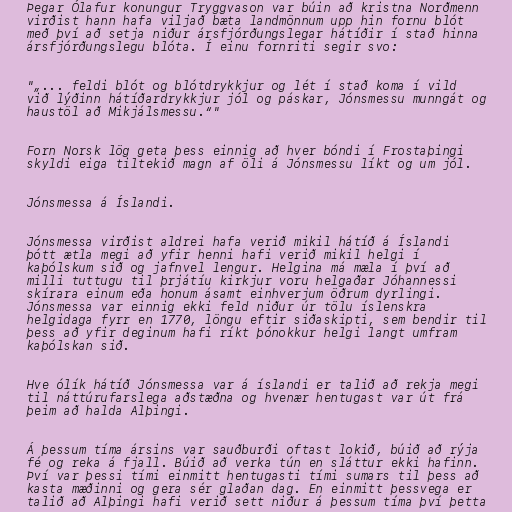
Þegar Ólafur konungur Tryggvason var búin að kristna Norðmenn
virðist hann hafa viljað bæta landmönnum upp hin fornu blót
með því að setja niður ársfjórðungslegar hátíðir í stað hinna
ársfjórðungslegu blóta. Í einu fornriti segir svo:

"„... feldi blót og blótdrykkjur og lét í stað koma í vild
við lýðinn hátíðardrykkjur jól og páskar, Jónsmessu munngát og
haustöl að Mikjálsmessu.“"

Forn Norsk lög geta þess einnig að hver bóndi í Frostaþingi
skyldi eiga tiltekið magn af öli á Jónsmessu líkt og um jól.

Jónsmessa á Íslandi.

Jónsmessa virðist aldrei hafa verið mikil hátíð á Íslandi
þótt ætla megi að yfir henni hafi verið mikil helgi í
kaþólskum sið og jafnvel lengur. Helgina má mæla í því að
milli tuttugu til þrjátíu kirkjur voru helgaðar Jóhannessi
skírara einum eða honum ásamt einhverjum öðrum dyrlingi.
Jónsmessa var einnig ekki feld niður úr tölu íslenskra
helgidaga fyrr en 1770, löngu eftir siðaskipti, sem bendir til
þess að yfir deginum hafi ríkt þónokkur helgi langt umfram
kaþólskan sið.

Hve ólík hátíð Jónsmessa var á íslandi er talið að rekja megi
til náttúrufarslega aðstæðna og hvenær hentugast var út frá
þeim að halda Alþingi.

Á þessum tíma ársins var sauðburði oftast lokið, búið að rýja
fé og reka á fjall. Búið að verka tún en sláttur ekki hafinn.
Því var þessi tími einmitt hentugasti tími sumars til þess að
kasta mæðinni og gera sér glaðan dag. En einmitt þessvega er
talið að Alþingi hafi verið sett niður á þessum tíma því þetta